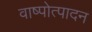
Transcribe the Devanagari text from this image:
वाष्पोत्पादन